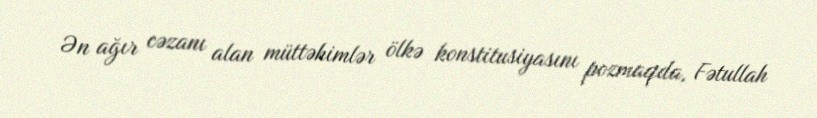
Ən ağır cəzanı alan müttəhimlər ölkə konstitusiyasını pozmaqda, Fətullah